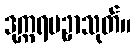
ဒုက္ကရပဥှာသုတ်။